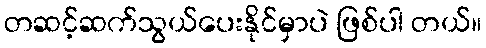
တဆင့်ဆက်သွယ်ပေးနိုင်မှာပဲ ဖြစ်ပါ တယ်။